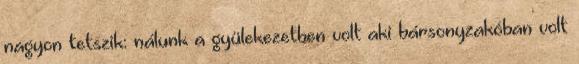
nagyon tetszik: nálunk a gyülekezetben volt aki bársonyzakóban volt